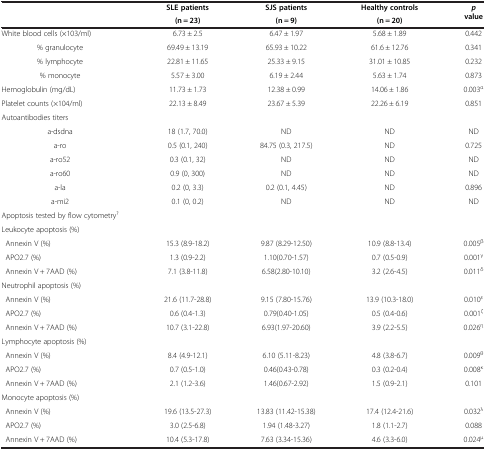
<table><thead><tr><td><b> </b></td><td><b>SLE patients(n = 23)</b></td><td><b>SJS patients(n = 9)</b></td><td><b>Healthy controls(n = 20)</b></td><td><b><i>p</i>value</b></td></tr></thead><tbody><tr><td>White blood cells (×103/ml)</td><td>6.73 ± 2.5</td><td>6.47 ± 1.97</td><td>5.68 ± 1.89</td><td>0.442</td></tr><tr><td>% granulocyte</td><td>69.49 ± 13.19</td><td>65.93 ± 10.22</td><td>61.6 ± 12.76</td><td>0.341</td></tr><tr><td>% lymphocyte</td><td>22.81 ± 11.65</td><td>25.33 ± 9.15</td><td>31.01 ± 10.85</td><td>0.232</td></tr><tr><td>% monocyte</td><td>5.57 ± 3.00</td><td>6.19 ± 2.44</td><td>5.63 ± 1.74</td><td>0.873</td></tr><tr><td>Hemoglobulin (mg/dL)</td><td>11.73 ± 1.73</td><td>12.38 ± 0.99</td><td>14.06 ± 1.86</td><td>0.003<sup>α</sup></td></tr><tr><td>Platelet counts (×104/ml)</td><td>22.13 ± 8.49</td><td>23.67 ± 5.39</td><td>22.26 ± 6.19</td><td>0.851</td></tr><tr><td>Autoantibodies titers</td><td> </td><td> </td><td> </td><td> </td></tr><tr><td>a-dsdna</td><td>18 (1.7, 70.0)</td><td>ND</td><td>ND</td><td>ND</td></tr><tr><td>a-ro</td><td>0.5 (0.1, 240)</td><td>84.75 (0.3, 217.5)</td><td>ND</td><td>0.725</td></tr><tr><td>a-ro52</td><td>0.3 (0.1, 32)</td><td>ND</td><td>ND</td><td>ND</td></tr><tr><td>a-ro60</td><td>0.9 (0, 300)</td><td>ND</td><td>ND</td><td>ND</td></tr><tr><td>a-la</td><td>0.2 (0, 3.3)</td><td>0.2 (0.1, 4.45)</td><td>ND</td><td>0.896</td></tr><tr><td>a-mi2</td><td>0.1 (0, 0.2)</td><td>ND</td><td>ND</td><td>ND</td></tr><tr><td>Apoptosis tested by flow cytometry<sup>?</sup></td><td> </td><td> </td><td> </td><td> </td></tr><tr><td>Leukocyte apoptosis (%)</td><td> </td><td> </td><td> </td><td> </td></tr><tr><td> Annexin V (%)</td><td>15.3 (8.9-18.2)</td><td>9.87 (8.29-12.50)</td><td>10.9 (8.8-13.4)</td><td>0.005<sup>β</sup></td></tr><tr><td> APO2.7 (%)</td><td>1.3 (0.9-2.2)</td><td>1.10(0.70-1.57)</td><td>0.7 (0.5-0.9)</td><td>0.001<sup>γ</sup></td></tr><tr><td> Annexin V + 7AAD (%)</td><td>7.1 (3.8-11.8)</td><td>6.58(2.80-10.10)</td><td>3.2 (2.6-4.5)</td><td>0.011<sup>δ</sup></td></tr><tr><td>Neutrophil apoptosis (%)</td><td> </td><td> </td><td> </td><td> </td></tr><tr><td> Annexin V (%)</td><td>21.6 (11.7-28.8)</td><td>9.15 (7.80-15.76)</td><td>13.9 (10.3-18.0)</td><td>0.010<sup>ε</sup></td></tr><tr><td> APO2.7 (%)</td><td>0.6 (0.4-1.3)</td><td>0.79(0.40-1.05)</td><td>0.5 (0.4-0.6)</td><td>0.001<sup>ζ</sup></td></tr><tr><td> Annexin V + 7AAD (%)</td><td>10.7 (3.1-22.8)</td><td>6.93(1.97-20.60)</td><td>3.9 (2.2-5.5)</td><td>0.026<sup>η</sup></td></tr><tr><td>Lymphocyte apoptosis (%)</td><td> </td><td> </td><td> </td><td> </td></tr><tr><td> Annexin V (%)</td><td>8.4 (4.9-12.1)</td><td>6.10 (5.11-8.23)</td><td>4.8 (3.8-6.7)</td><td>0.009<sup>θ</sup></td></tr><tr><td> APO2.7 (%)</td><td>0.7 (0.5-1.0)</td><td>0.46(0.43-0.78)</td><td>0.3 (0.2-0.4)</td><td>0.008<sup>κ</sup></td></tr><tr><td> Annexin V + 7AAD (%)</td><td>2.1 (1.2-3.6)</td><td>1.46(0.67-2.92)</td><td>1.5 (0.9-2.1)</td><td>0.101</td></tr><tr><td>Monocyte apoptosis (%)</td><td> </td><td> </td><td> </td><td> </td></tr><tr><td> Annexin V (%)</td><td>19.6 (13.5-27.3)</td><td>13.83 (11.42-15.38)</td><td>17.4 (12.4-21.6)</td><td>0.032<sup>λ</sup></td></tr><tr><td> APO2.7 (%)</td><td>3.0 (2.5-6.8)</td><td>1.94 (1.48-3.27)</td><td>1.8 (1.1-2.7)</td><td>0.088</td></tr><tr><td> Annexin V + 7AAD (%)</td><td>10.4 (5.3-17.8)</td><td>7.63 (3.34-15.36)</td><td>4.6 (3.3-6.0)</td><td>0.024<sup>μ</sup></td></tr></tbody></table>